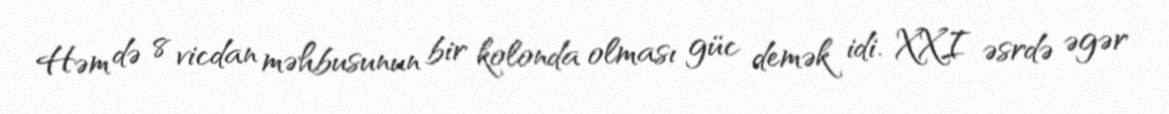
Həm də 8 vicdan məhbusunun bir kolonda olması güc demək idi. XXI əsrdə əgər